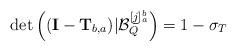
LaTeX: \begin{align*}\det \left( ({\mathbf{I}}-{\mathbf{T}}_{b,a})|{\mathcal{B}}_{Q}^{[\underline{j}]_a^b}\right) = 1-\sigma_T\end{align*}